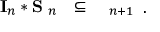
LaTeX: \begin{array} { l l l } { { { \bf I } _ { n } * { \bf S ^ { \Delta } } _ { n } } } & { { \subseteq } } & { { { \bf \Delta } _ { n + 1 } } } \end{array} { } .